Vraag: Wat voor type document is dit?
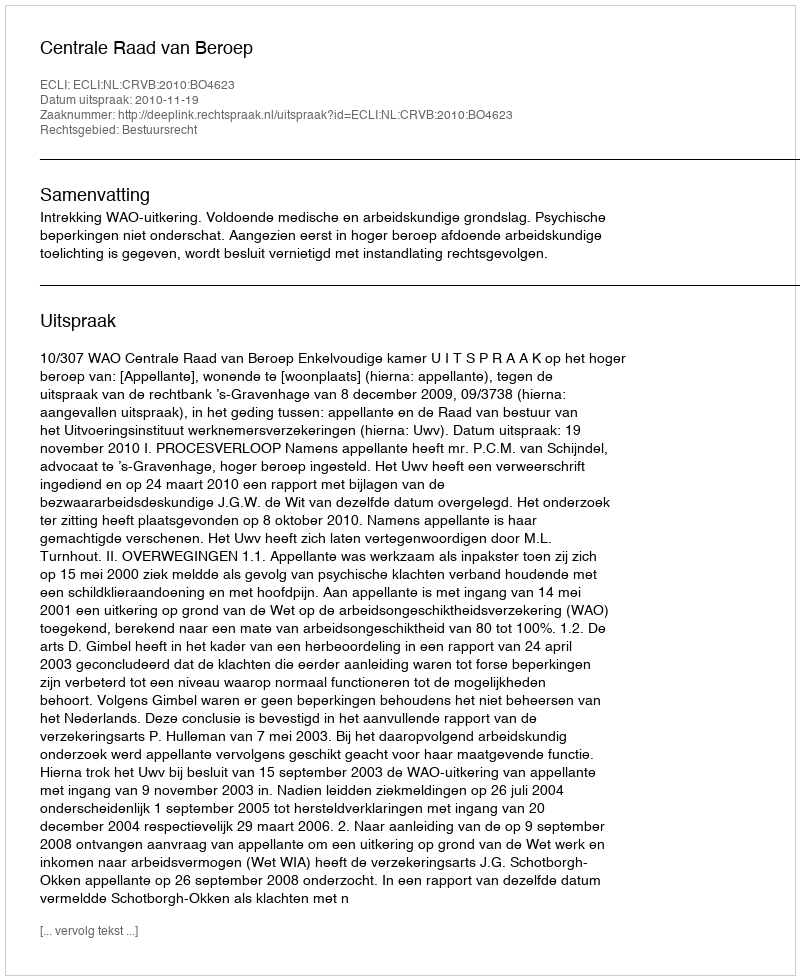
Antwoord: Uitspraak